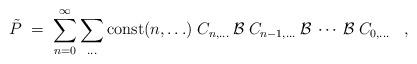
LaTeX: \begin{align*}\tilde{P} \;=\; \sum_{n=0}^\infty \sum_{\ldots}{\mbox{const}}(n,\ldots) \;C_{n,\ldots} \:{\cal{B}}\: C_{n-1,\ldots}\:{\cal{B}}\:\cdots\:{\cal{B}}\:C_{0,\ldots} \;\;\; ,\end{align*}